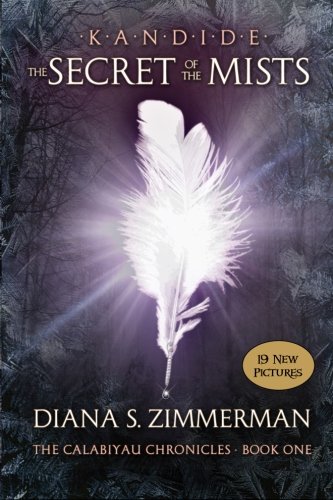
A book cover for Kandide and The Secret of the Mists: Book One: The Calabiyau Chronicles (Volume 1); Diana S. Zimmerman; Science Fiction & Fantasy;